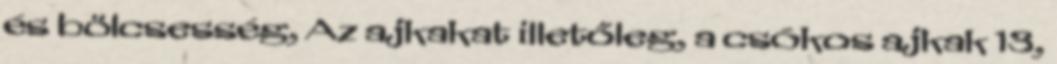
és bölcsesség, Az ajkakat illetőleg, a csókos ajkak 13,